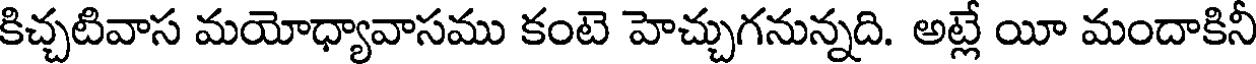
కిచ్చటివాస మయోధ్యావాసము కంటె హెచ్చుగనున్నది. అట్లే యీ మందాకినీ